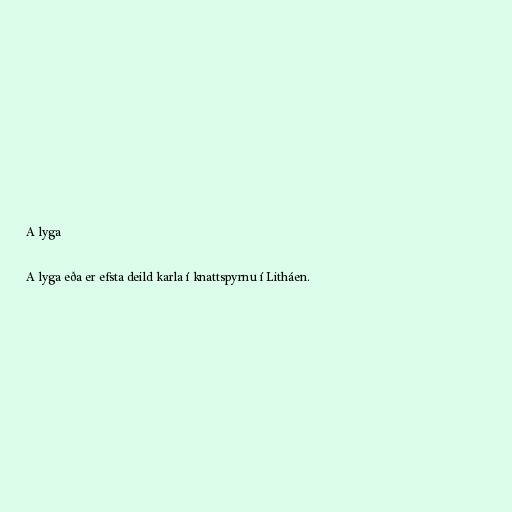
A lyga

A lyga eða er efsta deild karla í knattspyrnu í Litháen.